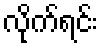
လိုက်ရင်း